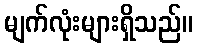
မျက်လုံးများရှိသည်။